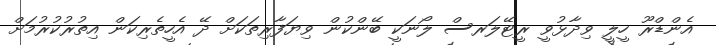
އެންޑްރޫ ހީލީ ވިދާޅުވީ ރީޓޭލަރސް ލޯނަކީ ބޭންކުން ވިޔަފާރިތަކަށް ދޭ އެހީތެރިކަން އިތުރުކުރުމަށް